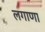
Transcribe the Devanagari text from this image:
लगाणा